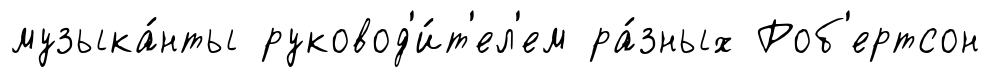
музыка́нты руковод'и́т'ел'ем ра́зных Роб'ертсон